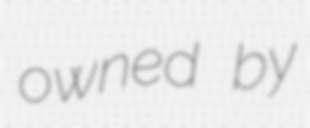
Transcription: owned by